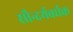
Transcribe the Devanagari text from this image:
सौन्दर्यवर्धक